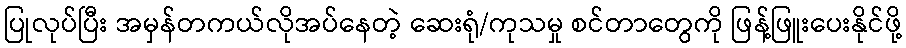
ပြုလုပ်ပြီး အမှန်တကယ်လိုအပ်နေတဲ့ ဆေးရုံ/ကုသမှု စင်တာတွေကို ဖြန့်ဖြူးပေးနိုင်ဖို့